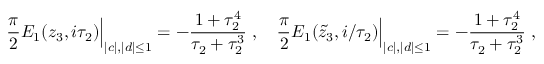
{ \frac { \pi } { 2 } } E _ { 1 } ( z _ { 3 } , i \tau _ { 2 } ) \Big | _ { | c | , | d | \leq 1 } = - { \frac { 1 + \tau _ { 2 } ^ { 4 } } { \tau _ { 2 } + \tau _ { 2 } ^ { 3 } } } \; , \quad { \frac { \pi } { 2 } } E _ { 1 } ( \tilde { z } _ { 3 } , i / \tau _ { 2 } ) \Big | _ { | c | , | d | \leq 1 } = - { \frac { 1 + \tau _ { 2 } ^ { 4 } } { \tau _ { 2 } + \tau _ { 2 } ^ { 3 } } } \; ,